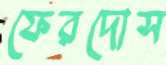
ফেরদোস